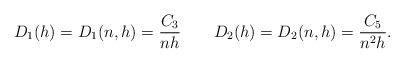
LaTeX: \begin{align*} D_1(h) = D_1(n,h) = \frac{C_3}{nh} \qquad D_2(h) = D_2(n,h) = \frac{C_5}{n^2h}. \end{align*}